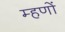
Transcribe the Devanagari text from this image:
म्हणों